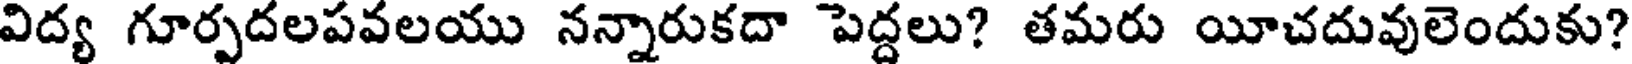
విద్య గూర్పదలపవలయు నన్నారుకదా పెద్దలు? తమరు యీచదువులెందుకు?